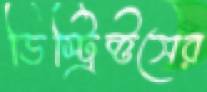
ডিস্ট্রিক্টসের